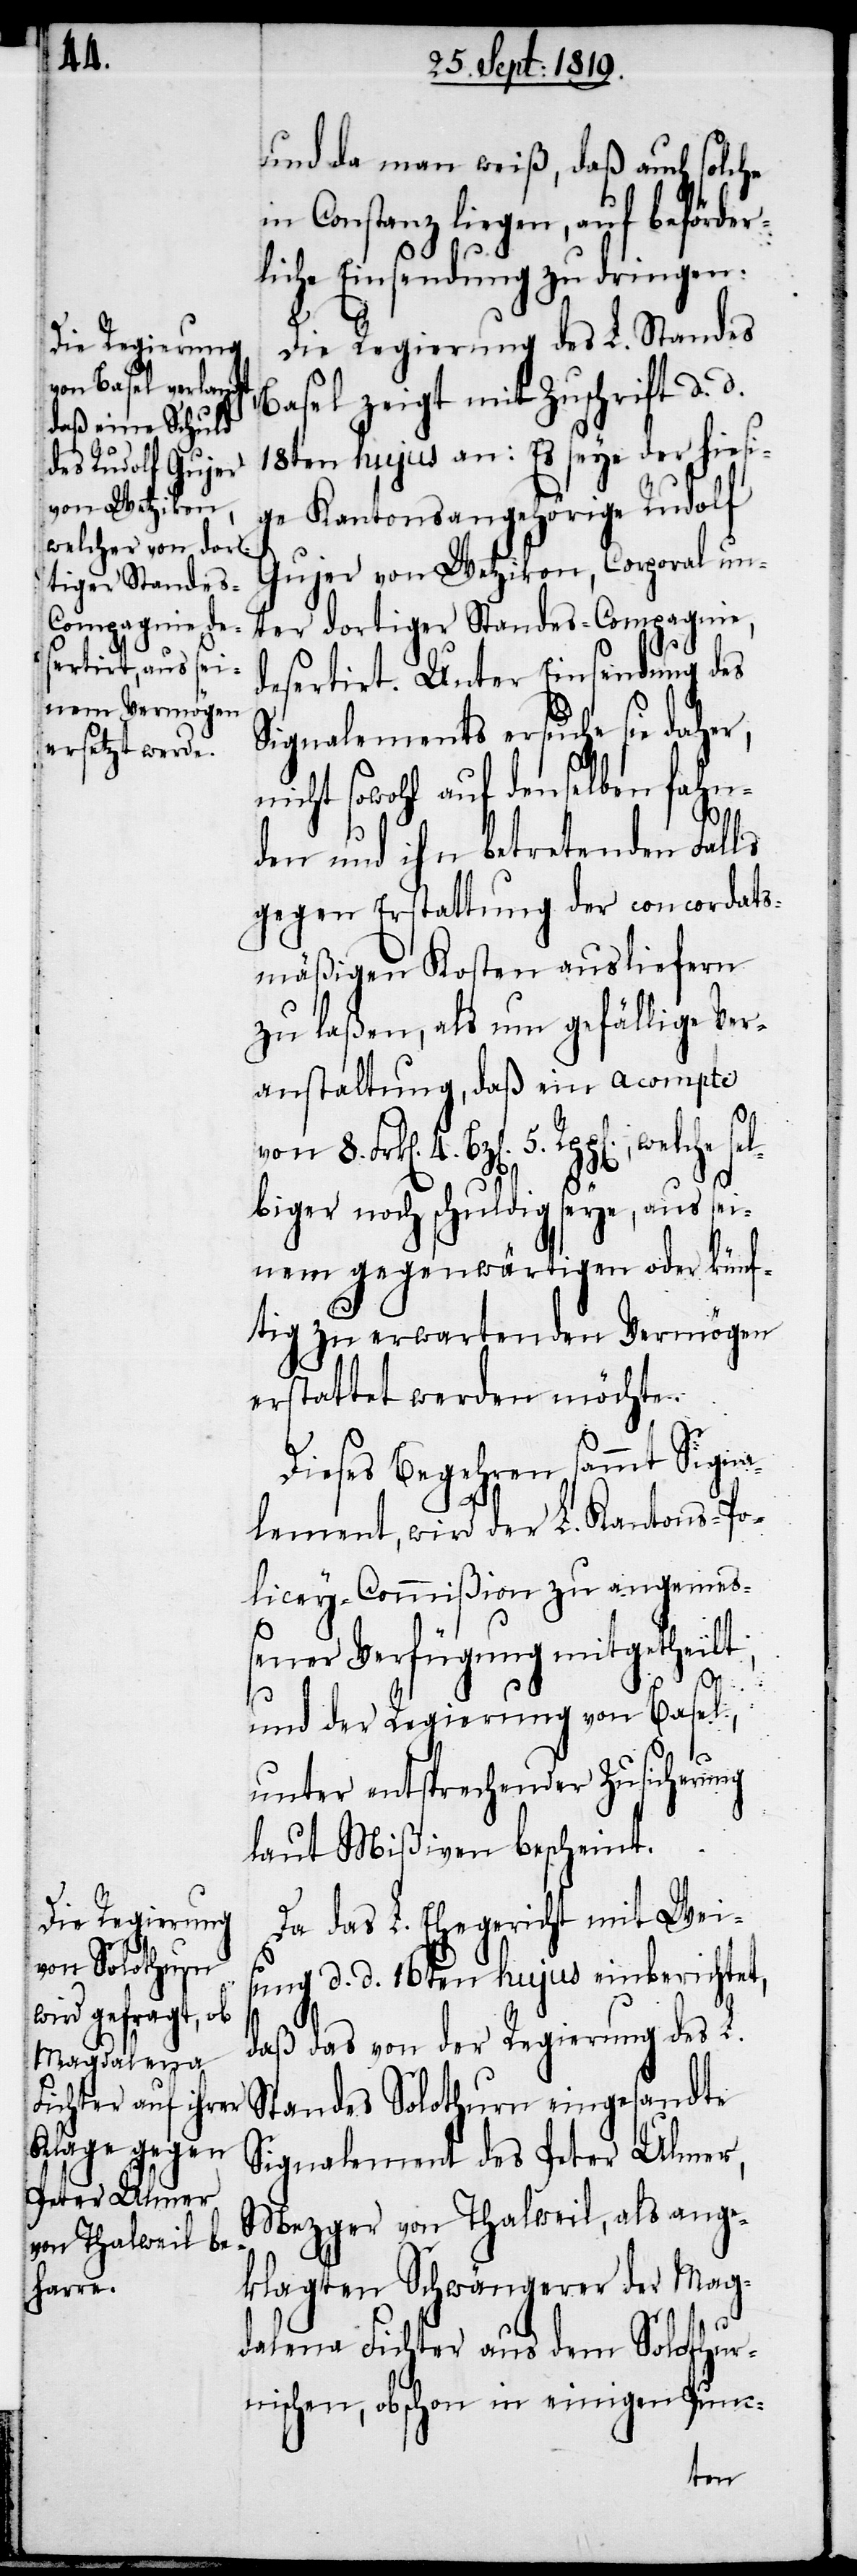
und da man weiß daß auch solche
in Constanz liegen, auf beförder¬
liche Einsendung zu dringen.
Die Regierung des L. Standes
Basel zeigt mit Zuschrift d. d.
18ten hujus an: Es seye der hiesi¬
ge Kantonsangehörige Rudolf
Gujer von Wetzikon, Corporal un¬
ter dortiger Standes-Compagnie,
desertirt. Unter Einsdendung des
Signalement ersuche sie daher,
nicht sowohl auf denselben fahn¬
den und ihn betretenden Falls
gegen Erstattung der concordats¬
mäßigen Kosten ausliefern
zu laßen, als nun gefällige Ver¬
anstaltung, daß ein acompti
5. Rpp[en]., welche se¬
lbiger noch schuldig seye, aus sei¬
nem gegenwärtigen oder künf¬
tig zu erwartenden Vermögen
erstattet werden möchte.
Dieses Begehren sammt Signa¬
lement, wird der L. Kantons-Po¬
licey-Commißion zu angemes¬
sener Verfügung mitgetheilt,
und der Regierung von Basel,
unter entsprechender Zusicherung
laut Mißiven bescheint.
Da das L. Ehegericht mit Weis¬
ung d. d. 16ten hujus einberichtet,
daß das von der Regierung des L.
Standes Solothurn eingesandte
Signalement des Peter Ulmer,
Mezger von Thalweil, als ange¬
klagten Schwängerer der Mag¬
dalena Fichter aus dem Solothur¬
nischen, obschon in einigen Punc-